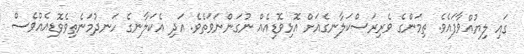
ގައި ލިޔުއްވާފައެވެ. ތިމަންގެ ވެރިރަސްކަލާނގެއަށް އޮޅިވޮޑިއެއް ނުގަންނަވަތެވެ. އަދި އެކަލާނގެ ހަނދުމަނެތިވެވޮޑިއެއްވެސް